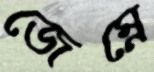
জেম্নে